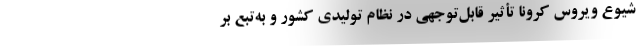
شیوع ویروس کرونا تأثیر قابل‌توجهی در نظام تولیدی کشور و به‌تبع بر